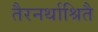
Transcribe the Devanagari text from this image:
तैरनर्थाश्रितै